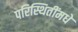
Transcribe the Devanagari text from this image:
परिस्थितींमधे